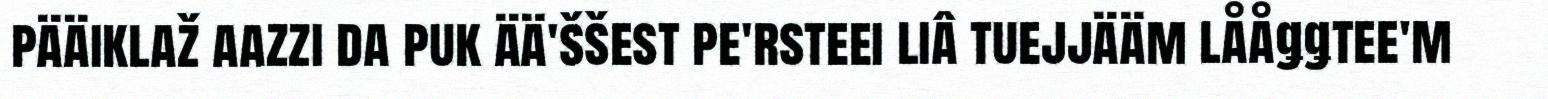
pääiklaž aazzi da puk ää'ššest pe'rsteei liâ tuejjääm lååǥǥtee'm